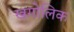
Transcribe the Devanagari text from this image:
खगोलिक